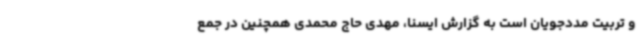
و تربیت مددجویان است به گزارش ایسنا، مهدی حاج محمدی‌ همچنین در جمع